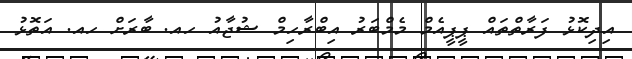
އިދިކޮޅު ފަރާތްތައް ޕީޕީއެމް މެމްބަރު އިބްރާހިމް ޝުޖާއު ހއ. ބާރަށް ހއ. އަތޮޅު